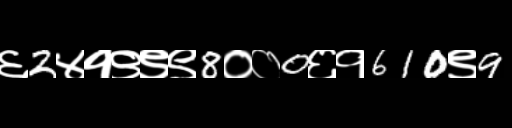
Text: ६2४१९९९8००0६१610९9